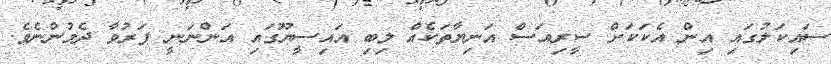
ސައިކަލުގައި އިން އެކަކަށް ސީރިއަސް އަނިޔާތަކެއް ލިބި އައިސީޔޫގައި އަންނަނީ ފަރުވާ ދެމުންނެވެ.